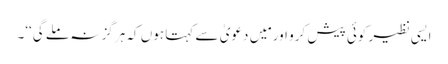
ایسی نظیر کوئی پیش کرو اور مَیں دعویٰ سے کہتا ہوں کہ ہرگز نہ ملے گی‘‘۔